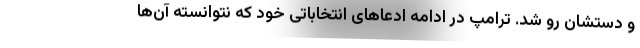
و دستشان رو شد. ترامپ در ادامه ادعاهای انتخاباتی خود که نتوانسته آن‌ها